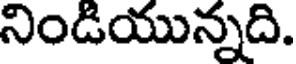
నిండియున్నది.